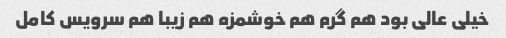
خیلی عالی بود هم گرم هم خوشمزه هم زیبا هم سرویس کامل